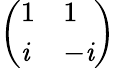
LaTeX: \left(\begin{array}{ll}{1}&{1}\\ {\mathit{i}}&{-\mathit{i}}\end{array}\right)